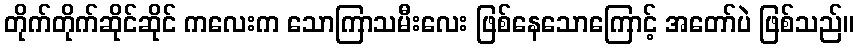
တိုက်တိုက်ဆိုင်ဆိုင် ကလေးက သောကြာသမီးလေး ဖြစ်နေသောကြောင့် အတော်ပဲ ဖြစ်သည်။